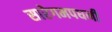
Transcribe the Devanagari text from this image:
सारेगमपधनी